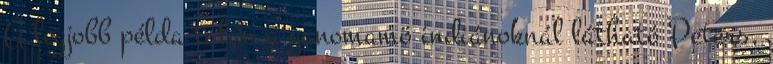
A legjobb példa talán a yanomamö indiánoknál látható Peters,